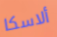
ألاسكا